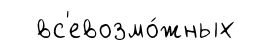
вс'евозмо́жных